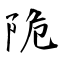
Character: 陒